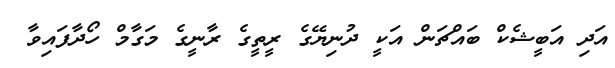
އަދި އަބީޝެކް ބައްޗަން އަކީ ދުނިޔޭގެ ރީތީގެ ރާނީގެ މަގާމް ހޯދާފައިވާ